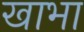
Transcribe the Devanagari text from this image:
खाभा